Bréfritari: Sigríður Pálsdóttir
Viðtakandi: Páll Pálsson
Dagsetning: A-1863-09-23
Skrifað á: Breiðabólsstað  Rang.
Páll var bróðir Sigríðar

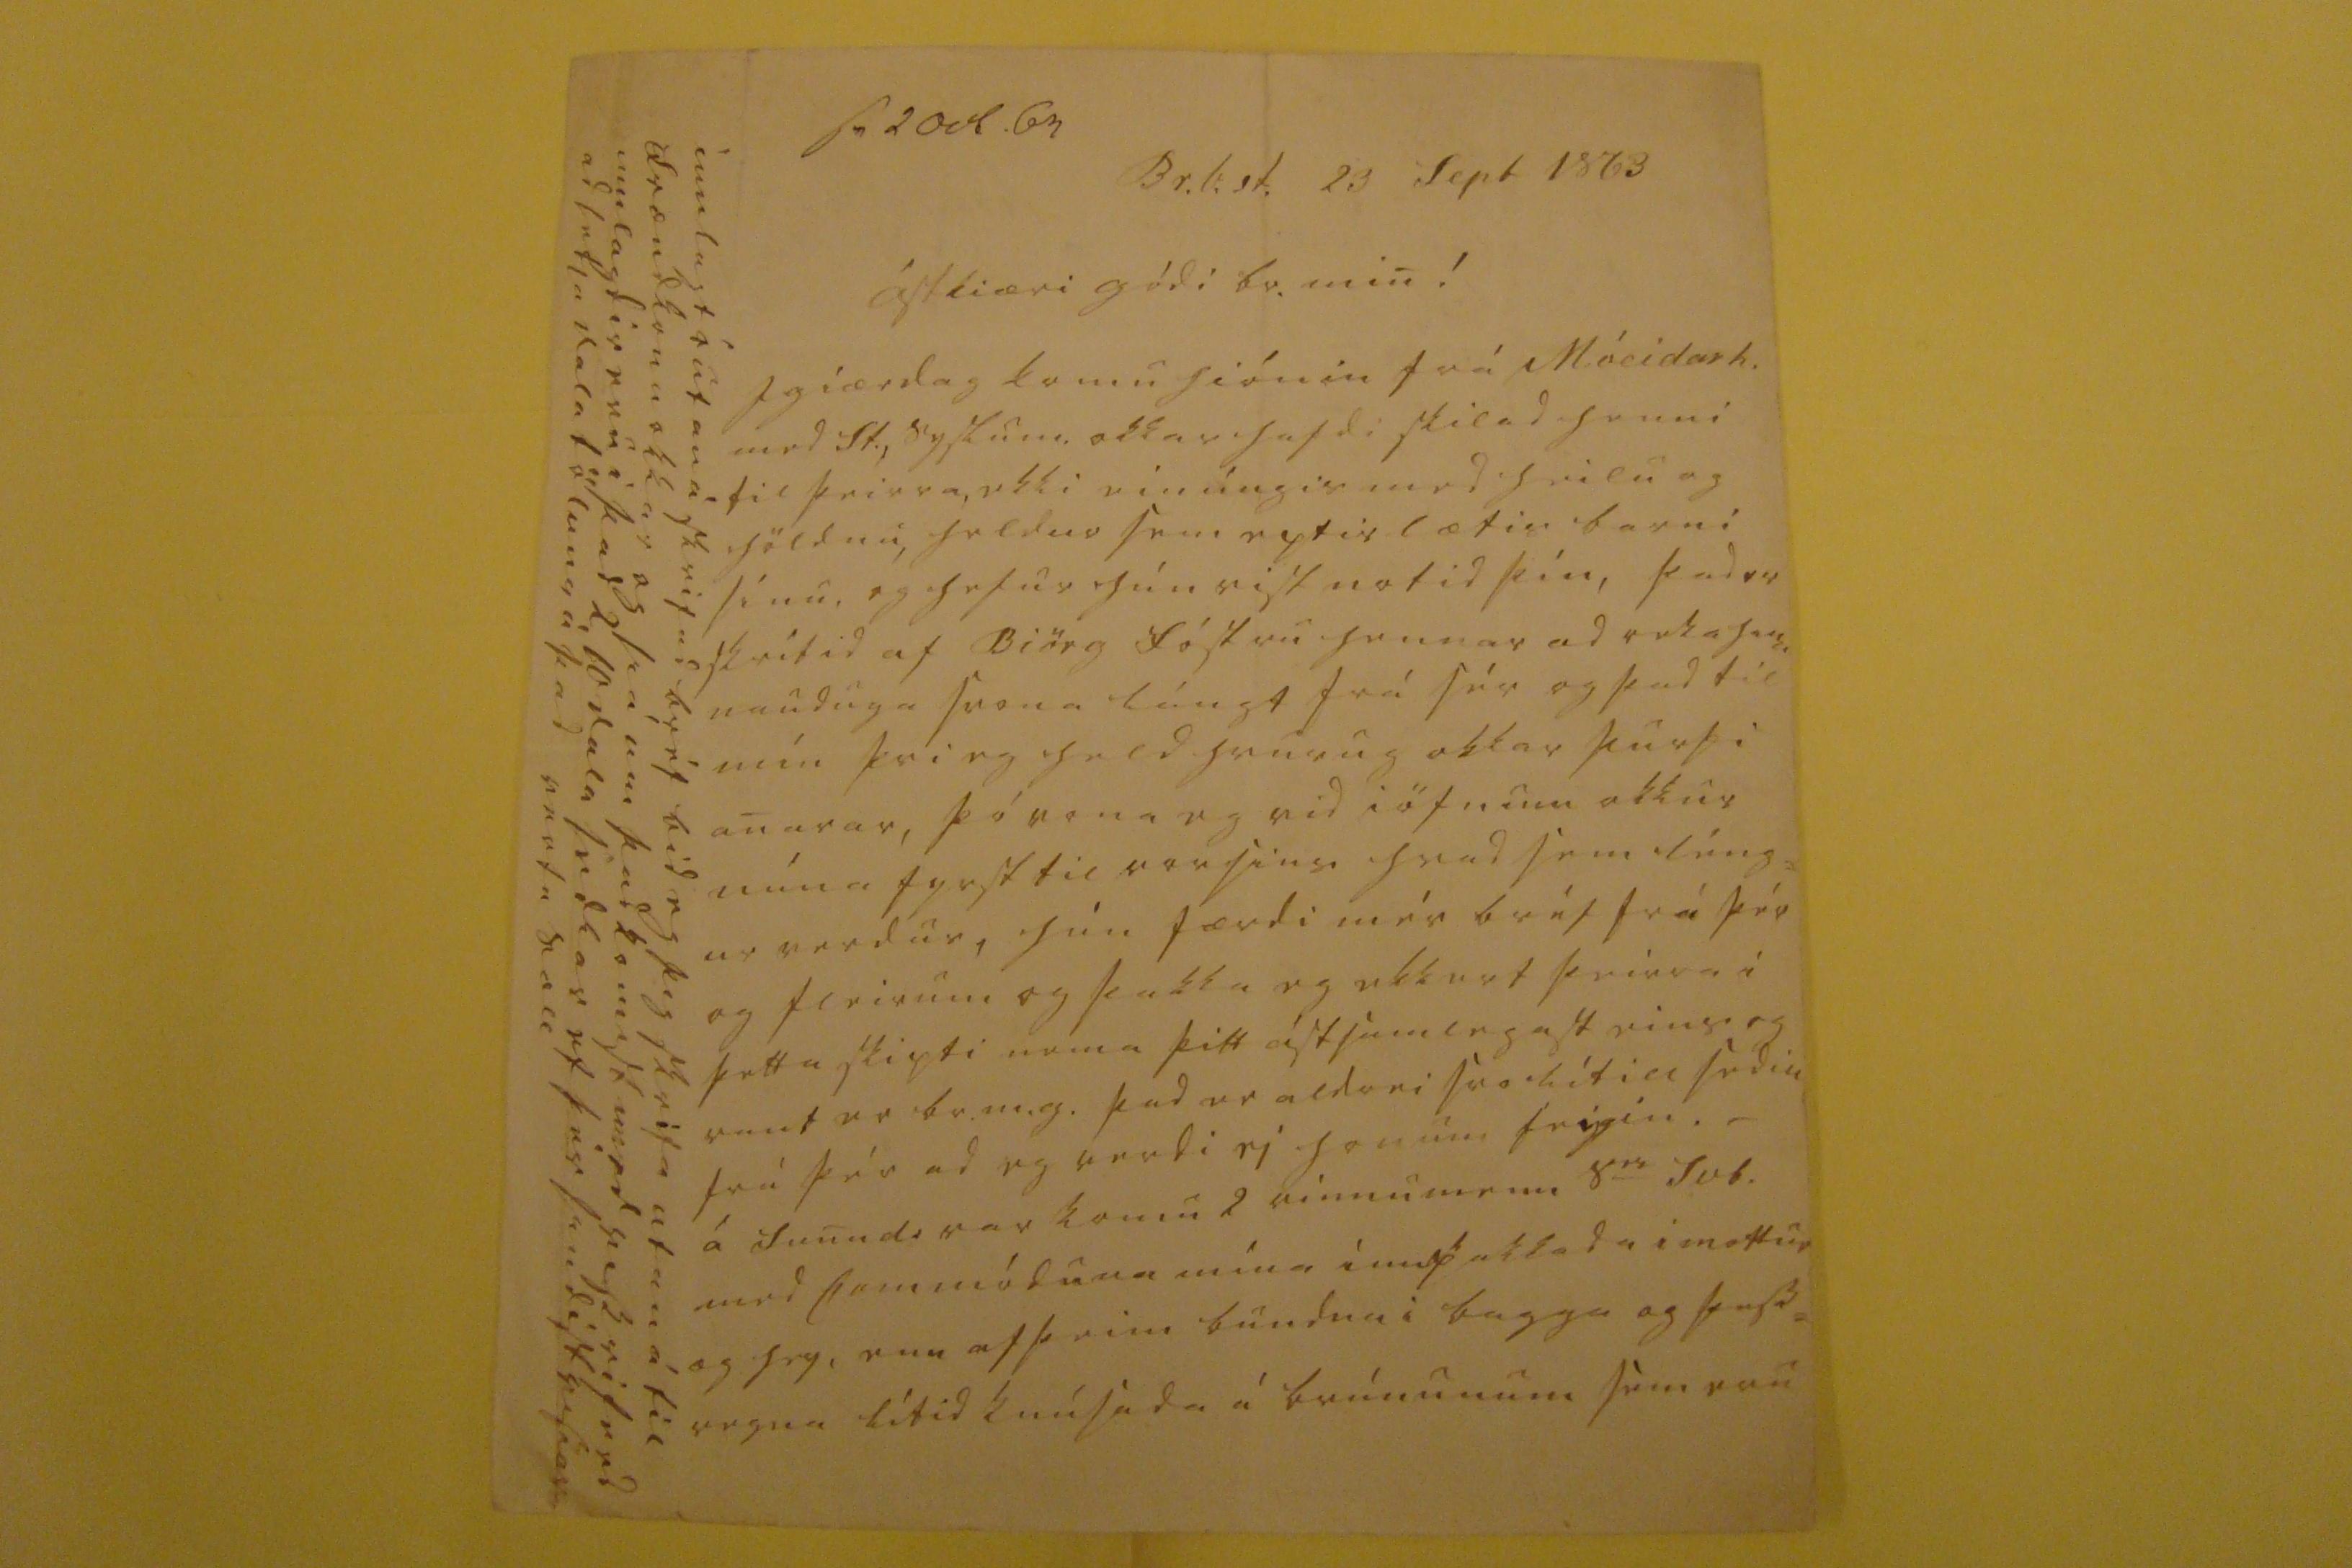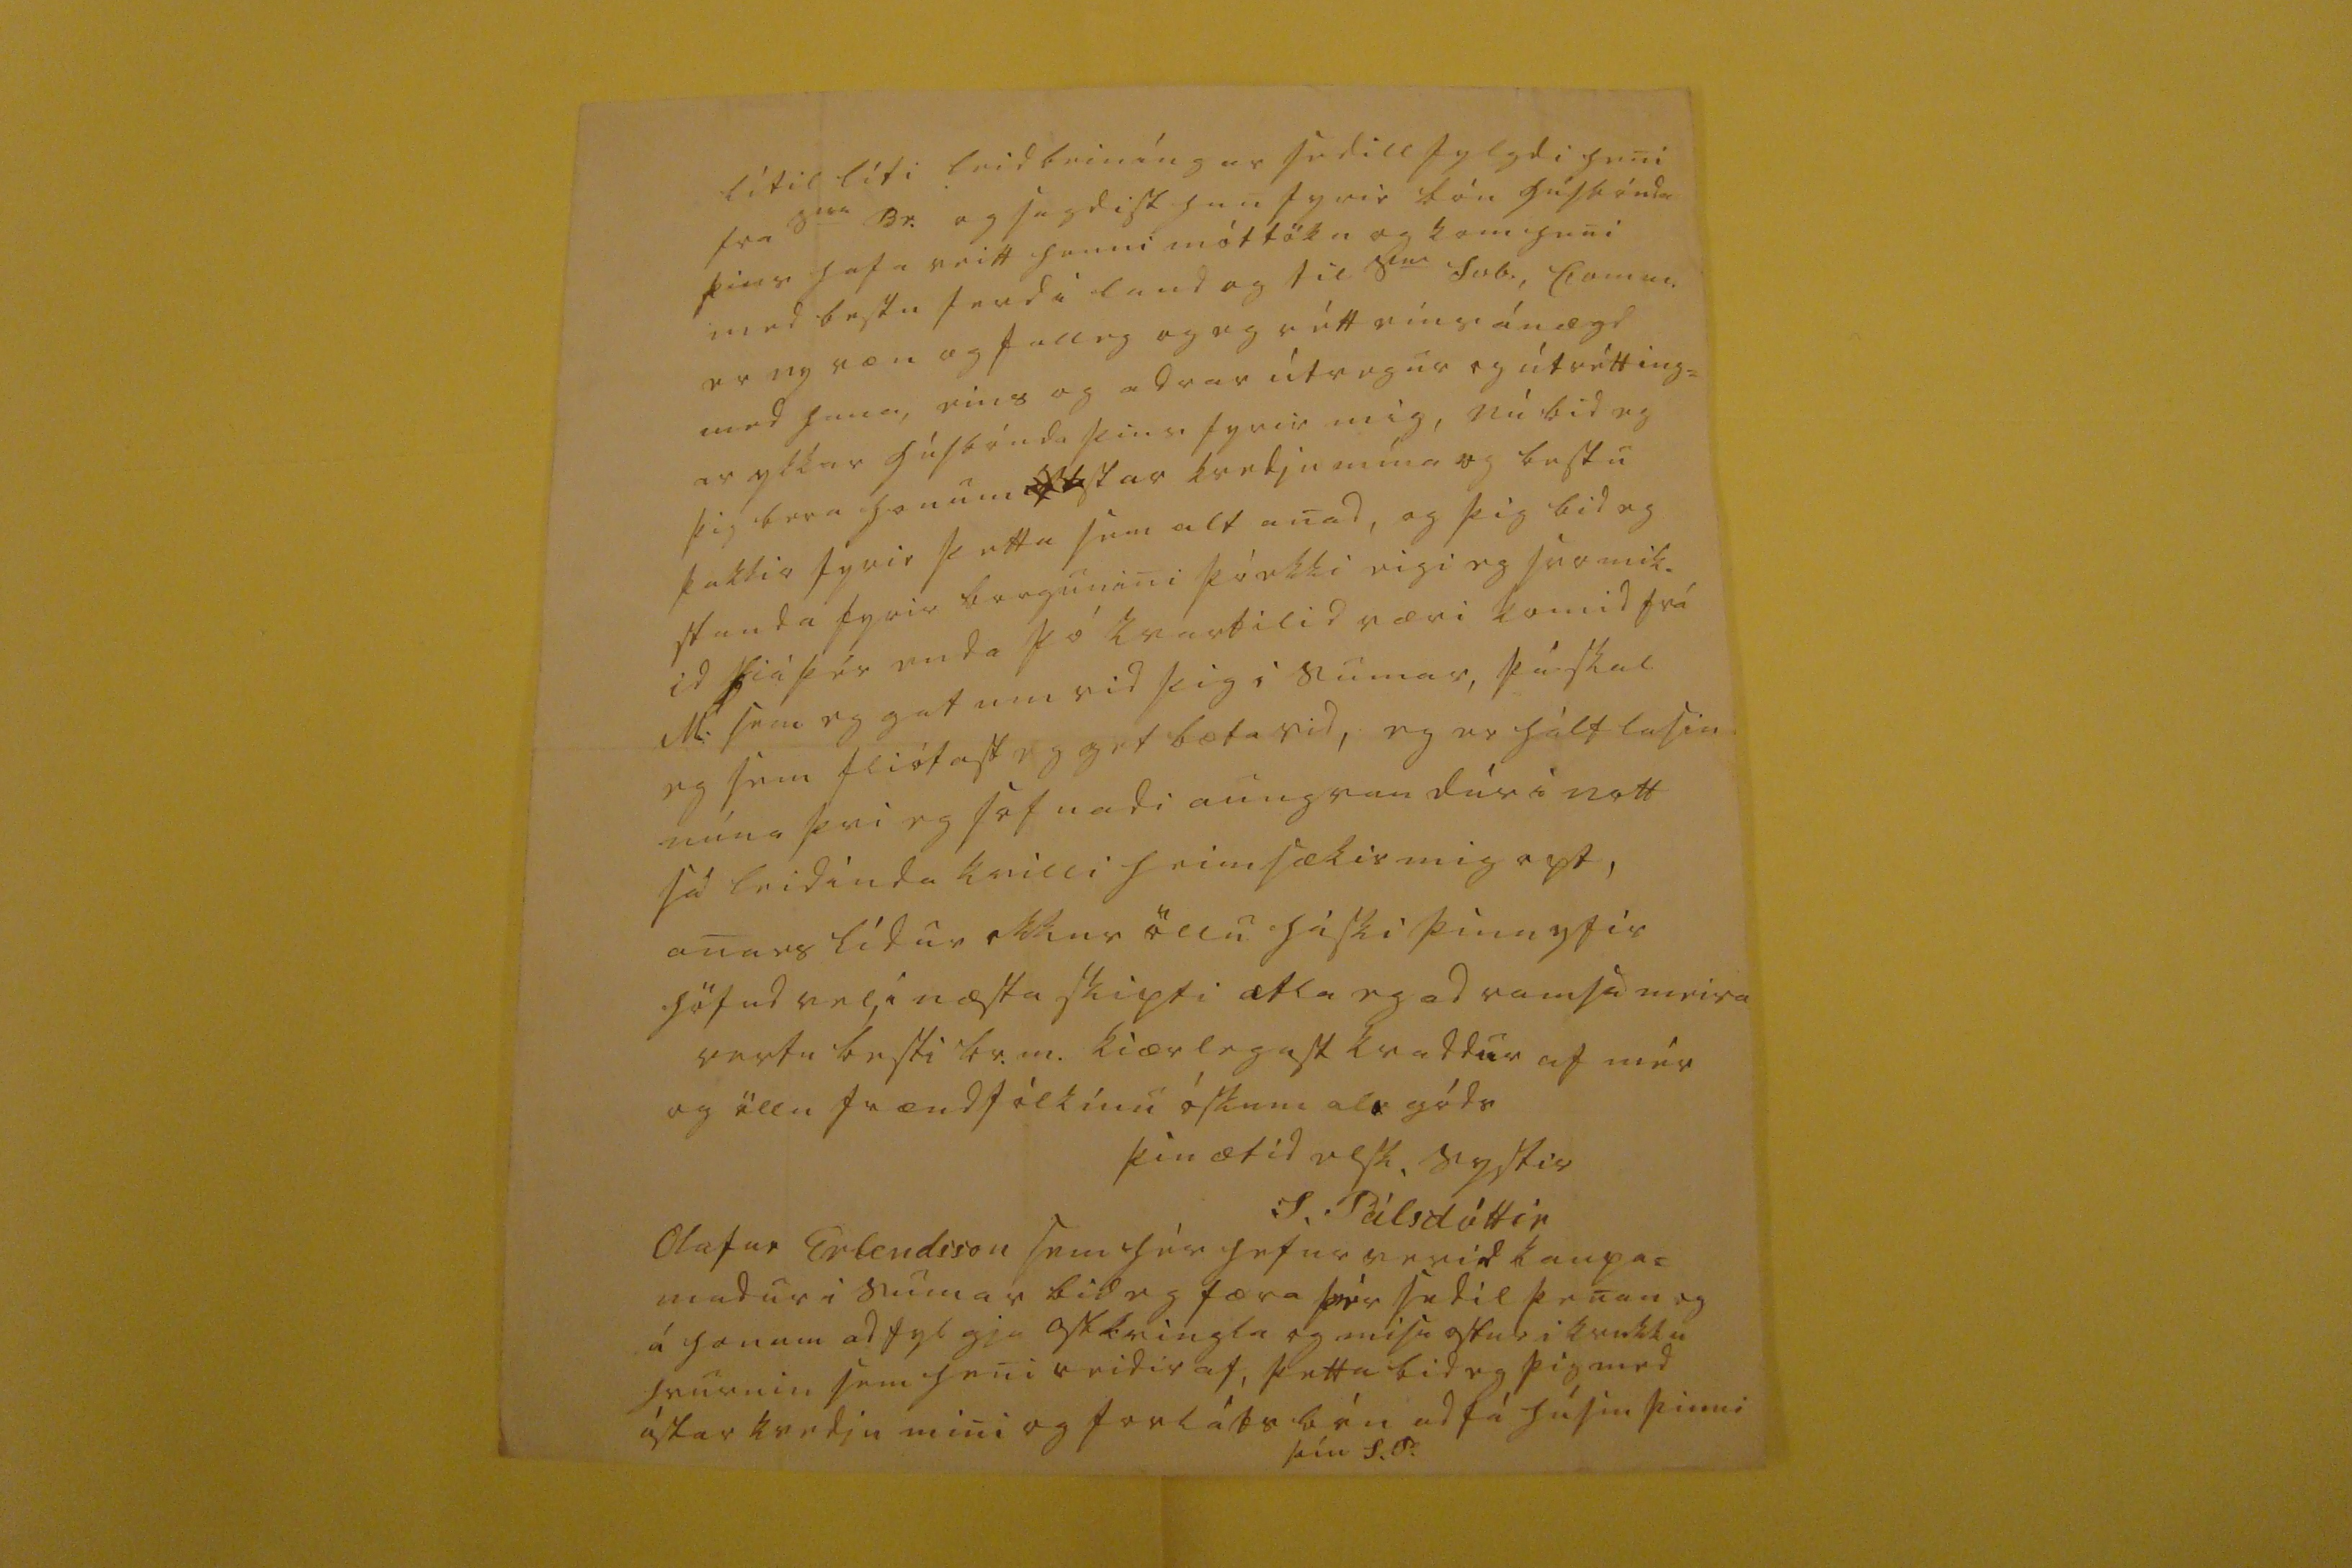

sv 2 Ocb. 63
Br.b.st. 23 Sept 1863
ástkiæri gódi br. min!
I giærdag komu hiónin frá Móeidarh. med St., syslum. okkar hafdi skilad henni til þeirra, ekki einúngis med heilu og höldnu, heldur sem eptir lætis barni sínu, og hefur hún vist notid þín, þad er skrítid af Biörg Fóstru hennar ad reka hana nauduga svona lángt frá sér og þad til mín þvi eg held hvurug okkar þurfi anarar, þó vona eg vid iöfnum okkur núna fyrst til vorsins hvad sem léng= ur verdur, hún færdi mér bréf frá þér og fleirum og þakka eg ekkert þeirra i þetta skipti nema þitt ástsamlegast eins og vant er br.m.g. þad er aldrei svo lítill sedill frá þér ad eg verdi ei honum feigin. _ á Sunud: var komu 2 vinnumenn s
er
Svb. med Commóduna mína innpakkada i mottur og hey, enn af þeim bundna i bagga og þess= vegna lítid knúsada á brúnunum sem eru
innlagt i utan á skrifad bréf bid eg þig skrifa utan á til frændkonu okkar og siá um þad komust med vissri ferd ad setja dala töluna á þad vertu sæll
lítil líti leidbeiníngar sedill fylgdi heni fra s
ira
Br. og sagdist han fyrir bón húsbónda þíns hafa veitt henni móttöku og kom heni med bestu ferd i land og til s
00
Svb., Comm. er ny væn og falleg og eg rétt eins ánægd med hana, eins og adrar útvegur og útréttin= ar ykkar húsbónda þins fyrir mig, nú bid eg þig bera honum
00
astar kvedju mína og bestu þakkir fyrir þetta sem alt anad, og þig bid eg standa fyrir borgun mini þóekki eigi eg svo mik. id hiá þér enda þó kvartilid væri komid frá M. sem eg gat um vid þig i sumar, þá skal eg sem fliótast eg get bæta vid, eg er hálf lasin núna þvi eg sofnadi aungvan dúr i nott sá leidinda kvilli heimsækir mig opt, anars lídur okkur öllu hiski þínu yfir höfud vel, i næsta skipti atla eg ad ramsa meira vertu bestir br.m. kiærlegast kvaddur af mér og öllu frændfólkinu óskum als góds
þín ætid elsk. systir
S. Pálsdóttir
Olafur Erlendsson sem hér hefur verid kaupar madur i sumar bid eg færa þér sedil þenan og á honum ad fylgja ostkringla og mis
ug0ur
i krukku hvurnin sem heni reidir af, þetta bid eg þig med ástarkvedju mini og forláts bón ad fá húsm þinni
þín S.P.